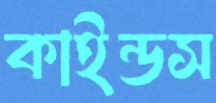
কাইন্ডস